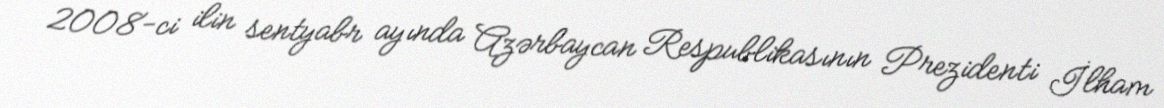
2008-ci ilin sentyabr ayında Azərbaycan Respublikasının Prezidenti İlham